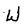
Character: W